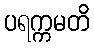
ပရက္ကမတိ